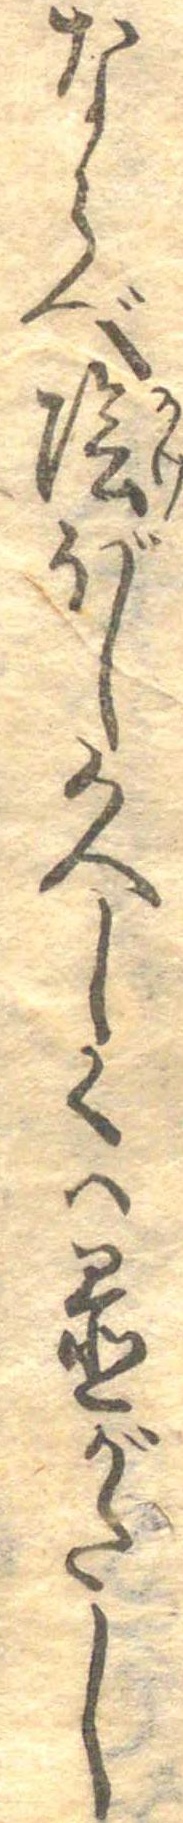
ならべ陰ぼし久しくは置がたし